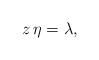
\begin{align*} z \,\eta = \lambda, \end{align*}